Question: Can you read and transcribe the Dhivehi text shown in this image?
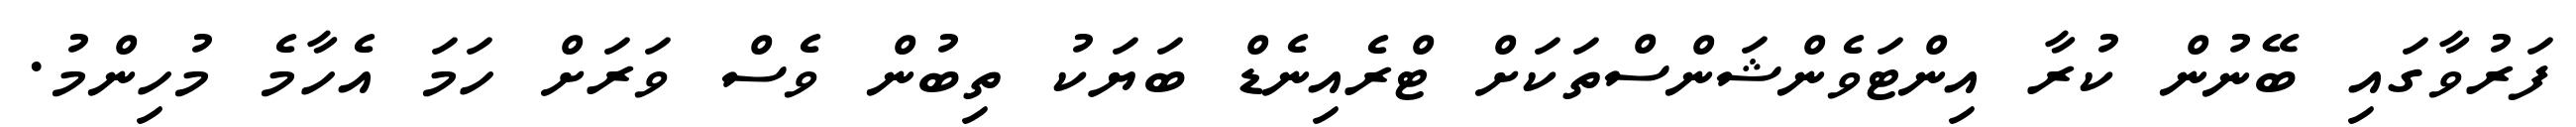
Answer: ފަރުވާގައި ބޭނުން ކުރާ އިންޓަވެންޝަންސްތަކަށް ޓްރެއިނެޑް ބަޔަކު ތިބުން ވެސް ވަރަށް ހަމަ އެހާމެ މުހިންމު.